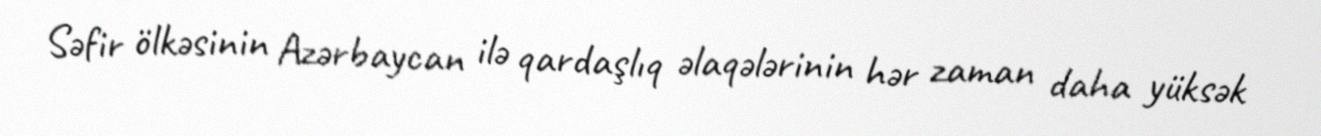
Səfir ölkəsinin Azərbaycan ilə qardaşlıq əlaqələrinin hər zaman daha yüksək